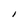
Character: I